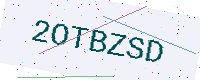
Text: 2OTBZSD